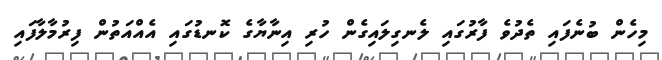
މިހެން ބުނެފައި ތެދުވެ ފާރުގައި ލެނގިލައިގެން ހުރި އިނާޔާގެ ކޮނޑުގައި އެއްއަތުން ފިރުމާލާފައި